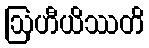
ဩဟီယိဿတိ